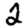
Digit: 2